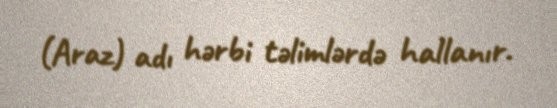
(Araz) adı hərbi təlimlərdə hallanır.